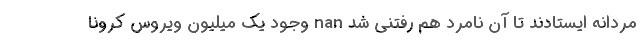
مردانه ایستادند تا آن نامرد هم رفتنی شد nan وجود یک میلیون ویروس کرونا